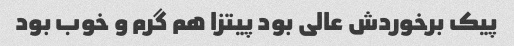
پیک برخوردش عالی بود پیتزا هم گرم و خوب بود